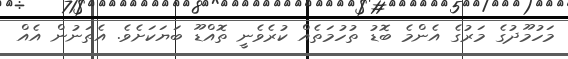
މަހުމޫދުގެ މަރުގެ އެންމެ ބޮޑު ތުހުމަތެއް ކުރެވެނީ ތޮއްޑޫ ބަޔަކަށެވެ. އެތަނުން އެއް